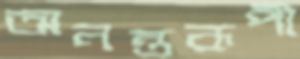
অনন্তরূপী